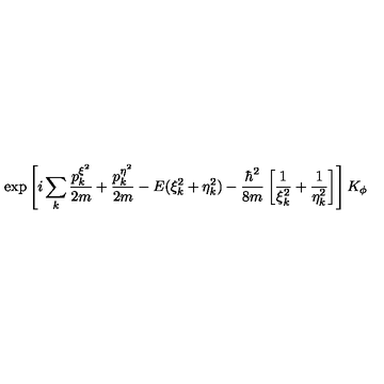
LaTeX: \exp \left[ i \sum _ { k } \frac { p _ { k } ^ { \xi ^ { 2 } } } { 2 m } + \frac { p _ { k } ^ { \eta ^ { 2 } } } { 2 m } - E ( \xi _ { k } ^ { 2 } + \eta _ { k } ^ { 2 } ) - \frac { \hbar ^ { 2 } } { 8 m } \left[ \frac { 1 } { \xi _ { k } ^ { 2 } } + \frac { 1 } { \eta _ { k } ^ { 2 } } \right] \right] K _ { \phi }